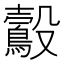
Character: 鷇